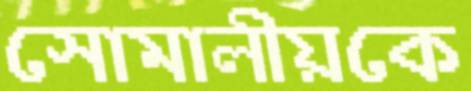
সোমালীয়কে